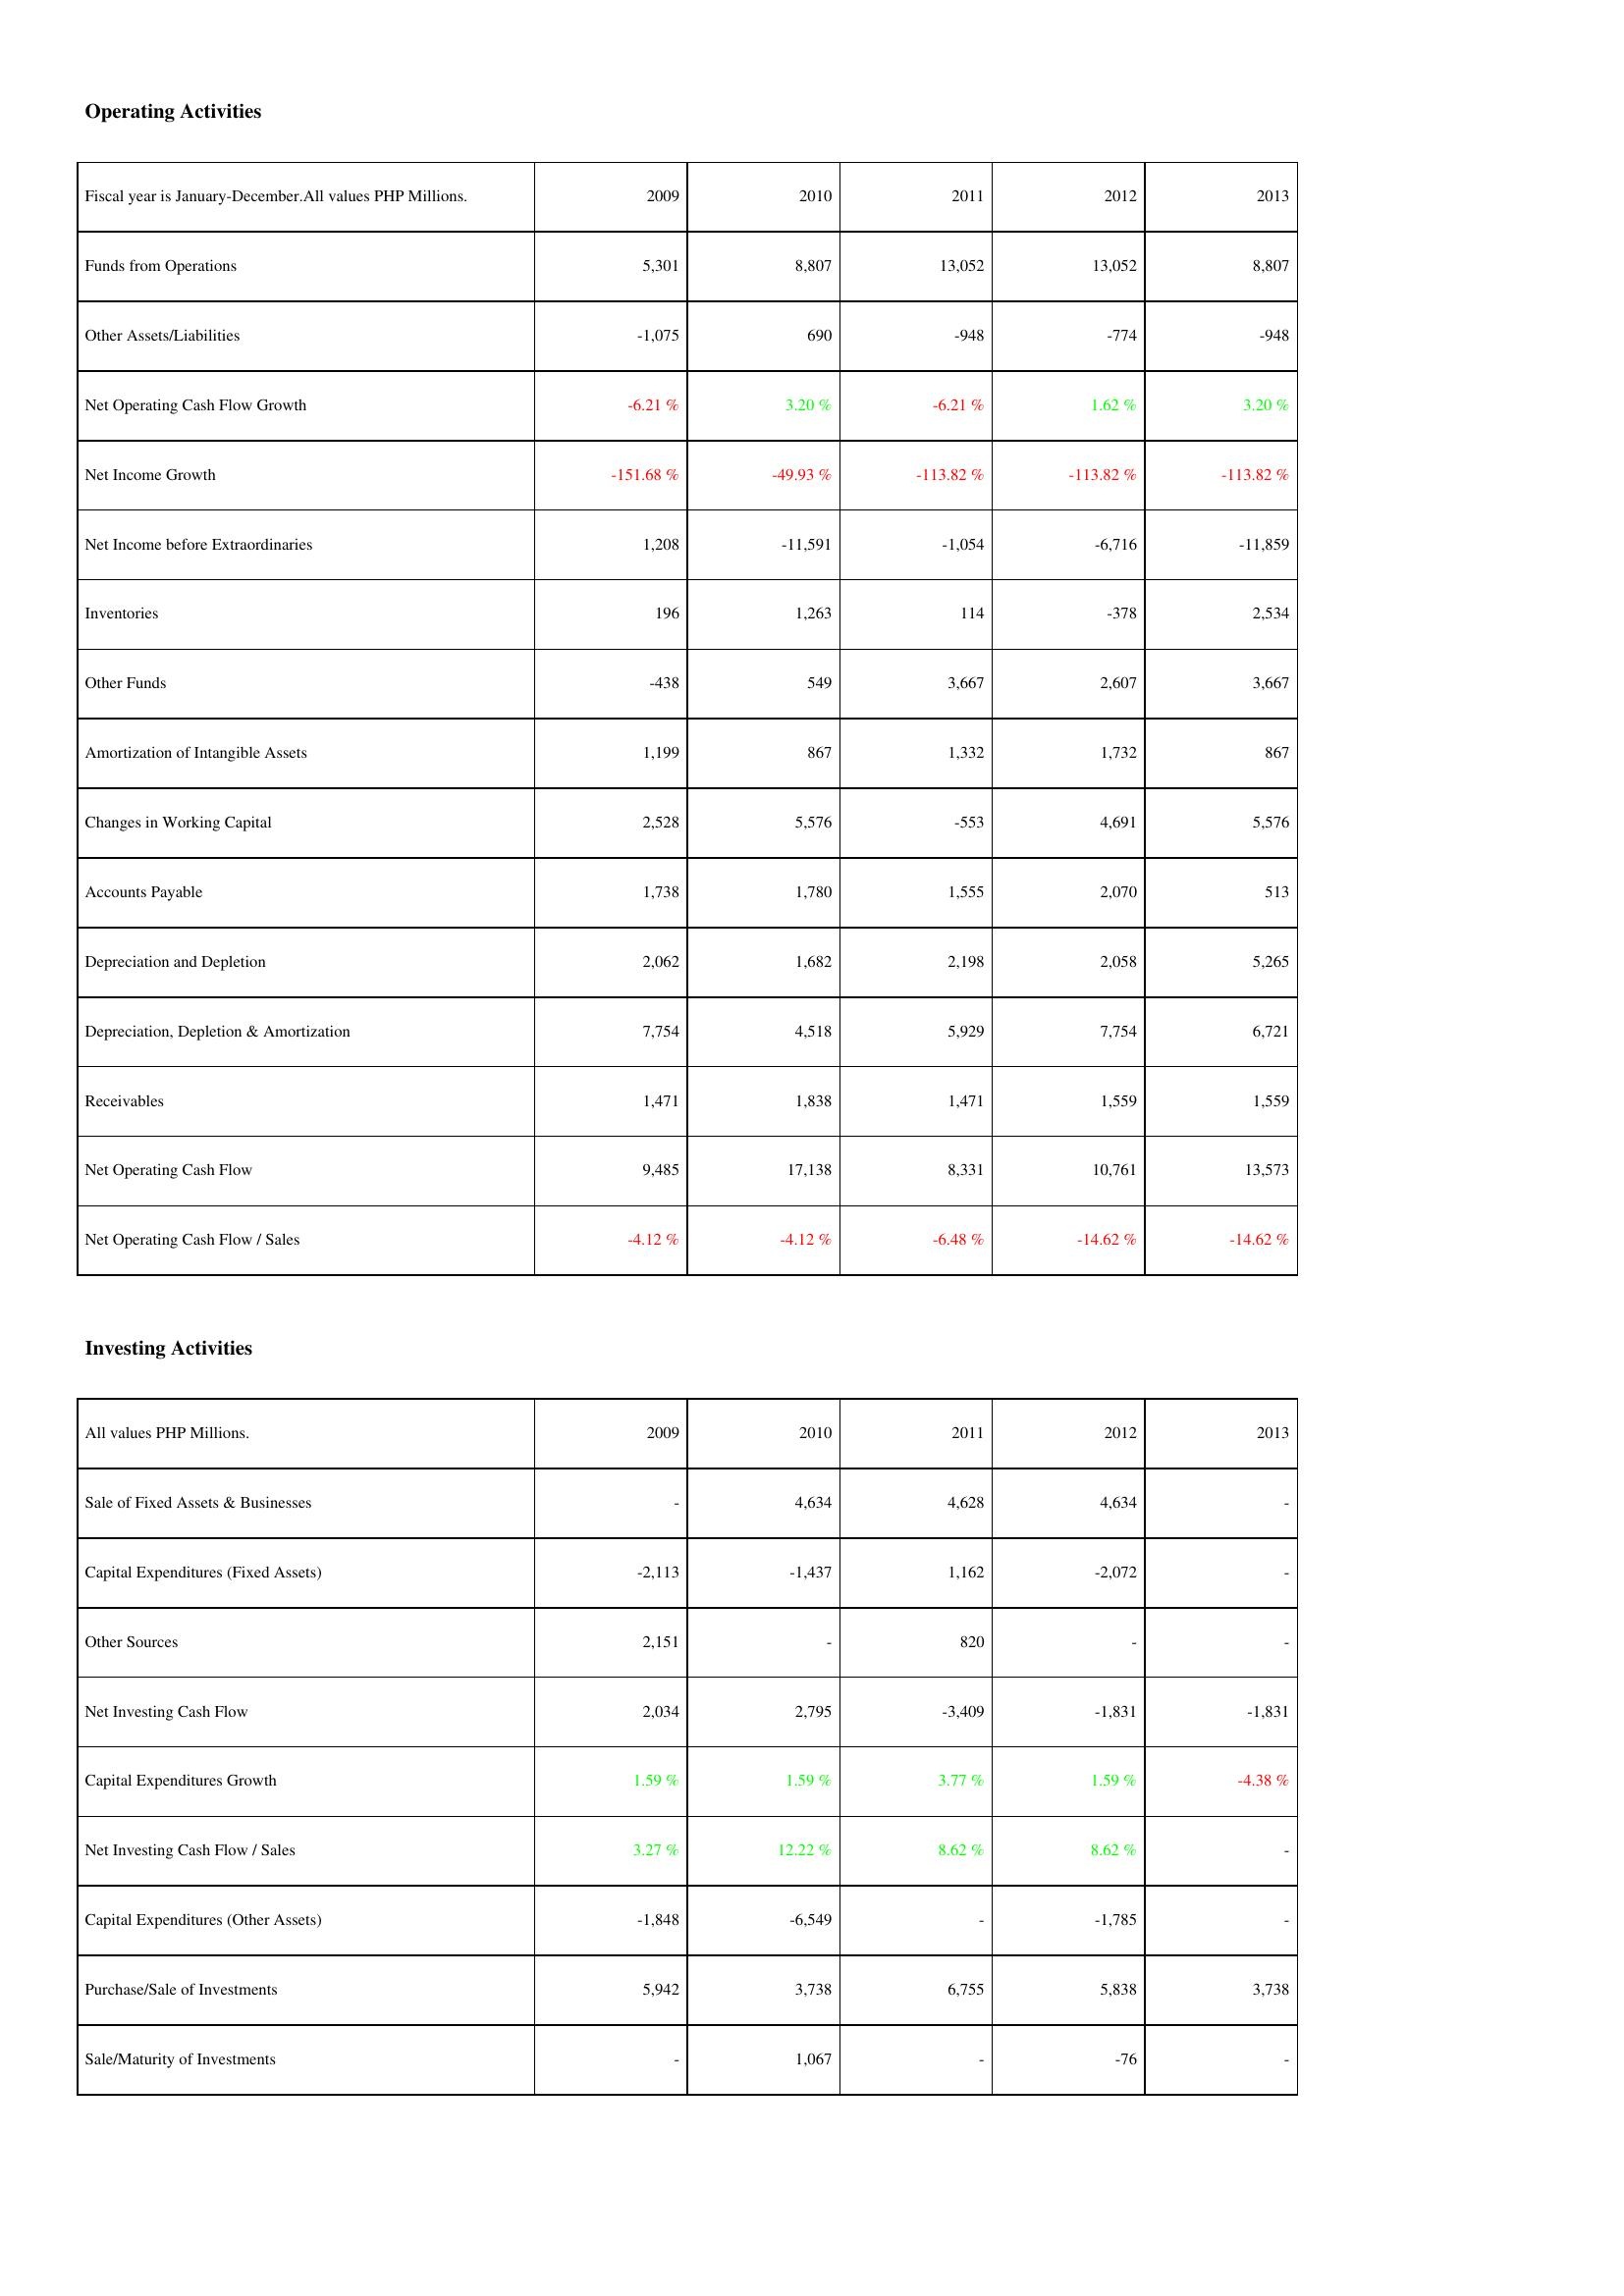
2009: Operating Activities: Funds from Operations: 5,301
Other Assets/Liabilities: -1,075
Net Operating Cash Flow Growth: -6.21 %
Net Income Growth: -151.68 %
Net Income before Extraordinaries: 1,208
Inventories: 196
Other Funds: -438
Amortization of Intangible Assets: 1,199
Changes in Working Capital: 2,528
Accounts Payable: 1,738
Depreciation and Depletion: 2,062
Depreciation, Depletion & Amortization: 7,754
Receivables: 1,471
Net Operating Cash Flow: 9,485
Net Operating Cash Flow / Sales: -4.12 %
Investing Activities: Sale of Fixed Assets & Businesses: -
Capital Expenditures (Fixed Assets): -2,113
Other Sources: 2,151
Net Investing Cash Flow: 2,034
Capital Expenditures Growth: 1.59 %
Net Investing Cash Flow / Sales: 3.27 %
Capital Expenditures (Other Assets): -1,848
Purchase/Sale of Investments: 5,942
Sale/Maturity of Investments: -
2010: Operating Activities: Funds from Operations: 8,807
Other Assets/Liabilities: 690
Net Operating Cash Flow Growth: 3.20 %
Net Income Growth: -49.93 %
Net Income before Extraordinaries: -11,591
Inventories: 1,263
Other Funds: 549
Amortization of Intangible Assets: 867
Changes in Working Capital: 5,576
Accounts Payable: 1,780
Depreciation and Depletion: 1,682
Depreciation, Depletion & Amortization: 4,518
Receivables: 1,838
Net Operating Cash Flow: 17,138
Net Operating Cash Flow / Sales: -4.12 %
Investing Activities: Sale of Fixed Assets & Businesses: 4,634
Capital Expenditures (Fixed Assets): -1,437
Other Sources: -
Net Investing Cash Flow: 2,795
Capital Expenditures Growth: 1.59 %
Net Investing Cash Flow / Sales: 12.22 %
Capital Expenditures (Other Assets): -6,549
Purchase/Sale of Investments: 3,738
Sale/Maturity of Investments: 1,067
2011: Operating Activities: Funds from Operations: 13,052
Other Assets/Liabilities: -948
Net Operating Cash Flow Growth: -6.21 %
Net Income Growth: -113.82 %
Net Income before Extraordinaries: -1,054
Inventories: 114
Other Funds: 3,667
Amortization of Intangible Assets: 1,332
Changes in Working Capital: -553
Accounts Payable: 1,555
Depreciation and Depletion: 2,198
Depreciation, Depletion & Amortization: 5,929
Receivables: 1,471
Net Operating Cash Flow: 8,331
Net Operating Cash Flow / Sales: -6.48 %
Investing Activities: Sale of Fixed Assets & Businesses: 4,628
Capital Expenditures (Fixed Assets): 1,162
Other Sources: 820
Net Investing Cash Flow: -3,409
Capital Expenditures Growth: 3.77 %
Net Investing Cash Flow / Sales: 8.62 %
Capital Expenditures (Other Assets): -
Purchase/Sale of Investments: 6,755
Sale/Maturity of Investments: -
2012: Operating Activities: Funds from Operations: 13,052
Other Assets/Liabilities: -774
Net Operating Cash Flow Growth: 1.62 %
Net Income Growth: -113.82 %
Net Income before Extraordinaries: -6,716
Inventories: -378
Other Funds: 2,607
Amortization of Intangible Assets: 1,732
Changes in Working Capital: 4,691
Accounts Payable: 2,070
Depreciation and Depletion: 2,058
Depreciation, Depletion & Amortization: 7,754
Receivables: 1,559
Net Operating Cash Flow: 10,761
Net Operating Cash Flow / Sales: -14.62 %
Investing Activities: Sale of Fixed Assets & Businesses: 4,634
Capital Expenditures (Fixed Assets): -2,072
Other Sources: -
Net Investing Cash Flow: -1,831
Capital Expenditures Growth: 1.59 %
Net Investing Cash Flow / Sales: 8.62 %
Capital Expenditures (Other Assets): -1,785
Purchase/Sale of Investments: 5,838
Sale/Maturity of Investments: -76
2013: Operating Activities: Funds from Operations: 8,807
Other Assets/Liabilities: -948
Net Operating Cash Flow Growth: 3.20 %
Net Income Growth: -113.82 %
Net Income before Extraordinaries: -11,859
Inventories: 2,534
Other Funds: 3,667
Amortization of Intangible Assets: 867
Changes in Working Capital: 5,576
Accounts Payable: 513
Depreciation and Depletion: 5,265
Depreciation, Depletion & Amortization: 6,721
Receivables: 1,559
Net Operating Cash Flow: 13,573
Net Operating Cash Flow / Sales: -14.62 %
Investing Activities: Sale of Fixed Assets & Businesses: -
Capital Expenditures (Fixed Assets): -
Other Sources: -
Net Investing Cash Flow: -1,831
Capital Expenditures Growth: -4.38 %
Net Investing Cash Flow / Sales: -
Capital Expenditures (Other Assets): -
Purchase/Sale of Investments: 3,738
Sale/Maturity of Investments: -